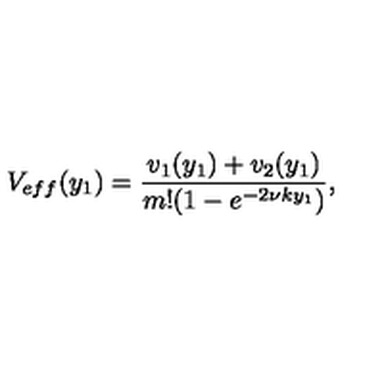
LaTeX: V _ { e f f } ( y _ { 1 } ) = \frac { v _ { 1 } ( y _ { 1 } ) + v _ { 2 } ( y _ { 1 } ) } { m ! ( 1 - e ^ { - 2 \nu k y _ { 1 } } ) } ,